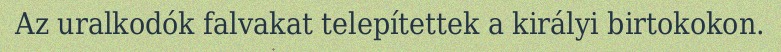
Az uralkodók falvakat telepítettek a királyi birtokokon.